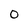
Character: 0